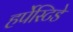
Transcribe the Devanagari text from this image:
हर्पेस्टिडे